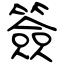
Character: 簽